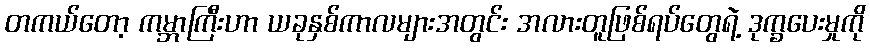
တကယ်တော့ ကမ္ဘာကြီးဟာ ယခုနှစ်ကာလများအတွင်း အလားတူဖြစ်ရပ်တွေရဲ့ ဒုက္ခပေးမှုကို